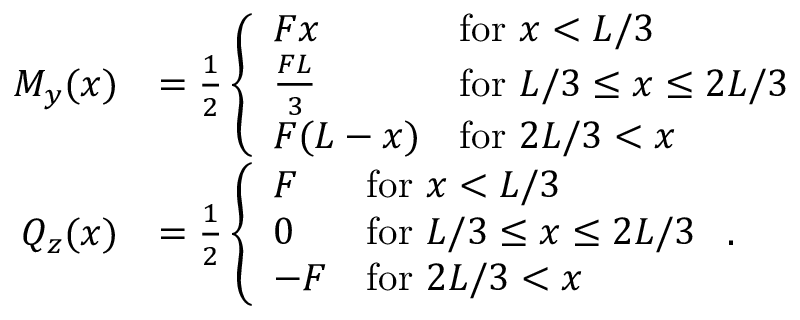
\begin{array} { r l } { M _ { y } ( x ) } & { = \frac { 1 } { 2 } \left\{ \begin{array} { l l } { F x } & { \mathrm { f o r ~ } x < L / 3 } \\ { \frac { F L } { 3 } } & { \mathrm { f o r ~ } L / 3 \leq x \leq 2 L / 3 } \\ { F ( L - x ) } & { \mathrm { f o r ~ } 2 L / 3 < x } \end{array} \right. } \\ { Q _ { z } ( x ) } & { = \frac { 1 } { 2 } \left\{ \begin{array} { l l } { F } & { \mathrm { f o r ~ } x < L / 3 } \\ { 0 } & { \mathrm { f o r ~ } L / 3 \leq x \leq 2 L / 3 } \\ { - F } & { \mathrm { f o r ~ } 2 L / 3 < x } \end{array} \right. . } \end{array}